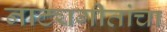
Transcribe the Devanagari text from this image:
नाट्यगीतांचा